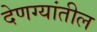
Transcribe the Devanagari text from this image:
देणग्यांतील